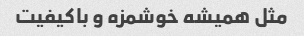
مثل همیشه خوشمزه و باکیفیت